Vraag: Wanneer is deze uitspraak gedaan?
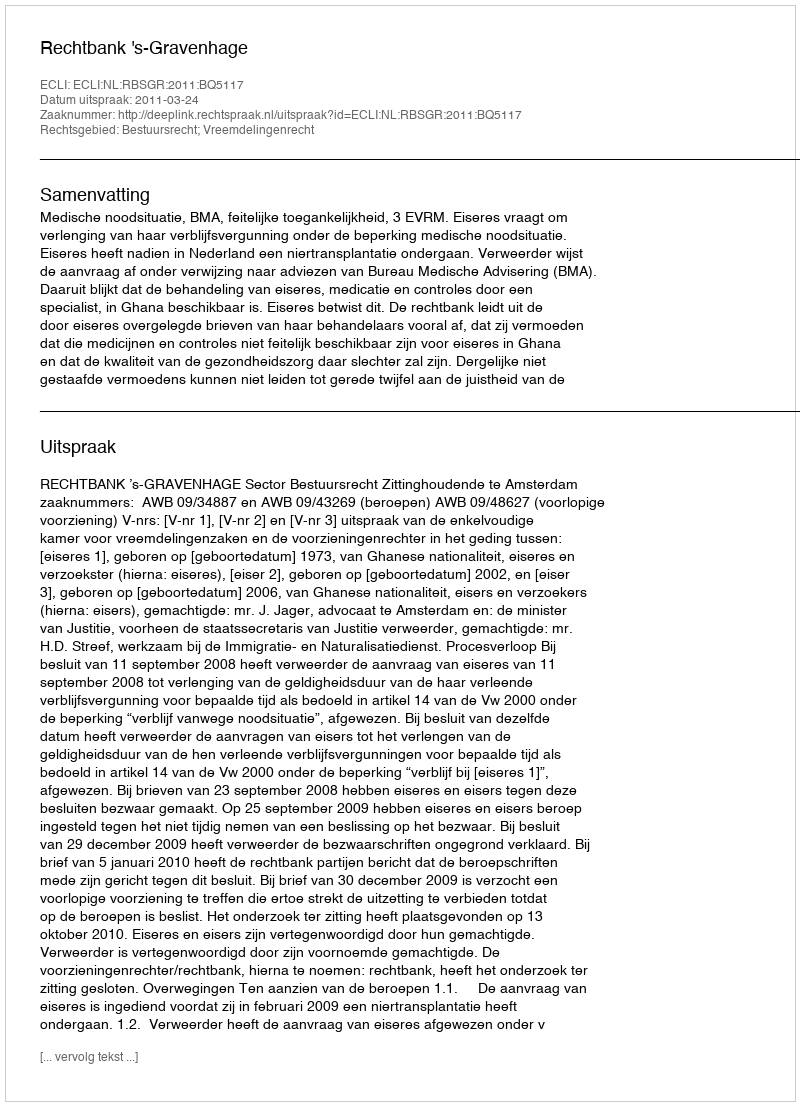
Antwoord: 2011-03-24